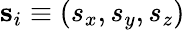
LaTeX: \mathbf{s}_{i}\equiv(s_{x},s_{y},s_{z})